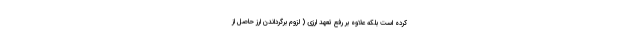
کرده است بلکه علاوه بر رفع تعهد ارزی ( لزوم برگرداندن ارز حاصل از